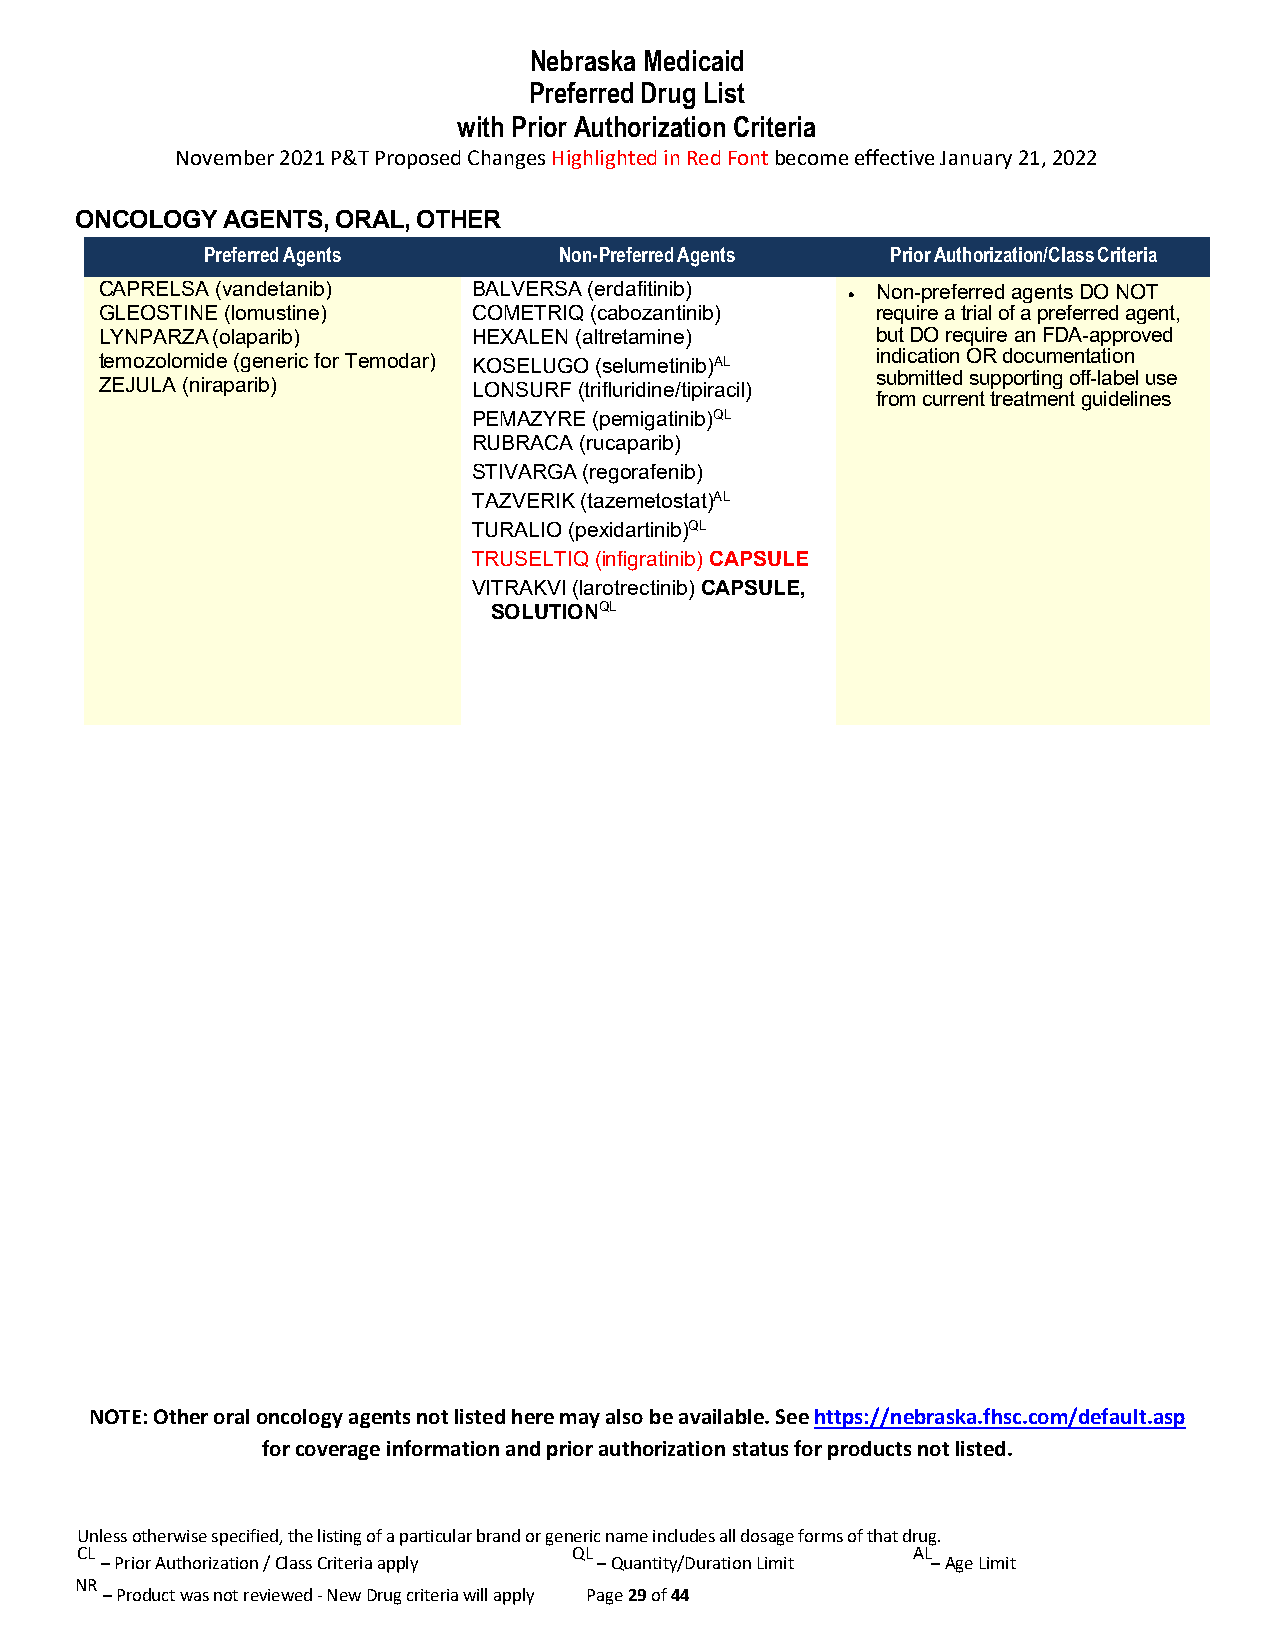
Nebraska Medicaid
 Preferred Drug List
 with Prior Authorization Criteria
 November 2021 P&T Proposed Changes Highlighted in Red Font become effective January 21, 2022
 ONCOLOGY  AGENTS, ORAL, OTHER
 Preferred Agents        Non-Preferred Agents  Prior Authorization/Class Criteria
 CAPRELSA (vandetanib)   BALVERSA (erdafitinib)   • Non-preferred agents DO NOT
 GLEOSTINE (lomustine)   COMETRIQ (cabozantinib)    require a trial of a preferred agent,
 LYNPARZA (olaparib)     HEXALEN (altretamine)      but DO require an FDA-approved
 temozolomide (generic for Temodar) KOSELUGO (selumetinib)AL indication OR documentation
 submitted supporting off-label use
 ZEJULA (niraparib)      LONSURF (trifluridine/tipiracil)
 from current treatment guidelines
 PEMAZYRE (pemigatinib)QL
 RUBRACA (rucaparib)
 STIVARGA (regorafenib)
 TAZVERIK (tazemetostat)AL
 TURALIO (pexidartinib)QL
 TRUSELTIQ (infigratinib) CAPSULE
 VITRAKVI (larotrectinib) CAPSULE,
 SOLUTIONQL
 NOTE: Other oral oncology agents not listed here may also be available. See https://nebraska.fhsc.com/default.asp
 for coverage information and prior authorization status for products not listed.
 Unless otherwise specified, the listing of a particular brand or generic name includes all dosage forms of that drug.
 CL                               QL                    AL
 – Prior Authorization / Class Criteria apply – Quantity/Duration Limit – Age Limit
 NR
 – Product was not reviewed - New Drug criteria will apply Page 29 of 44